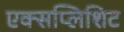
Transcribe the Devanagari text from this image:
एक्सप्लिशिट